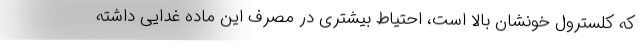
که کلسترول خونشان بالا است، احتیاط بیشتری در مصرف این ماده غدایی داشته